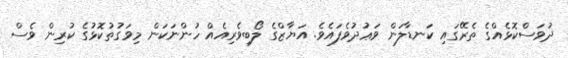
ދުވަސްކޮޅެއްގެ ތެރޭގައި ކަނޑާލަން ވަޢުދުވެފައެވެ. އަޔާޒްގެ ލޯބިވެރިއެއް ހުންނަކަން މިވަގުތުކޮޅުގެ ކުރިން ވެސް